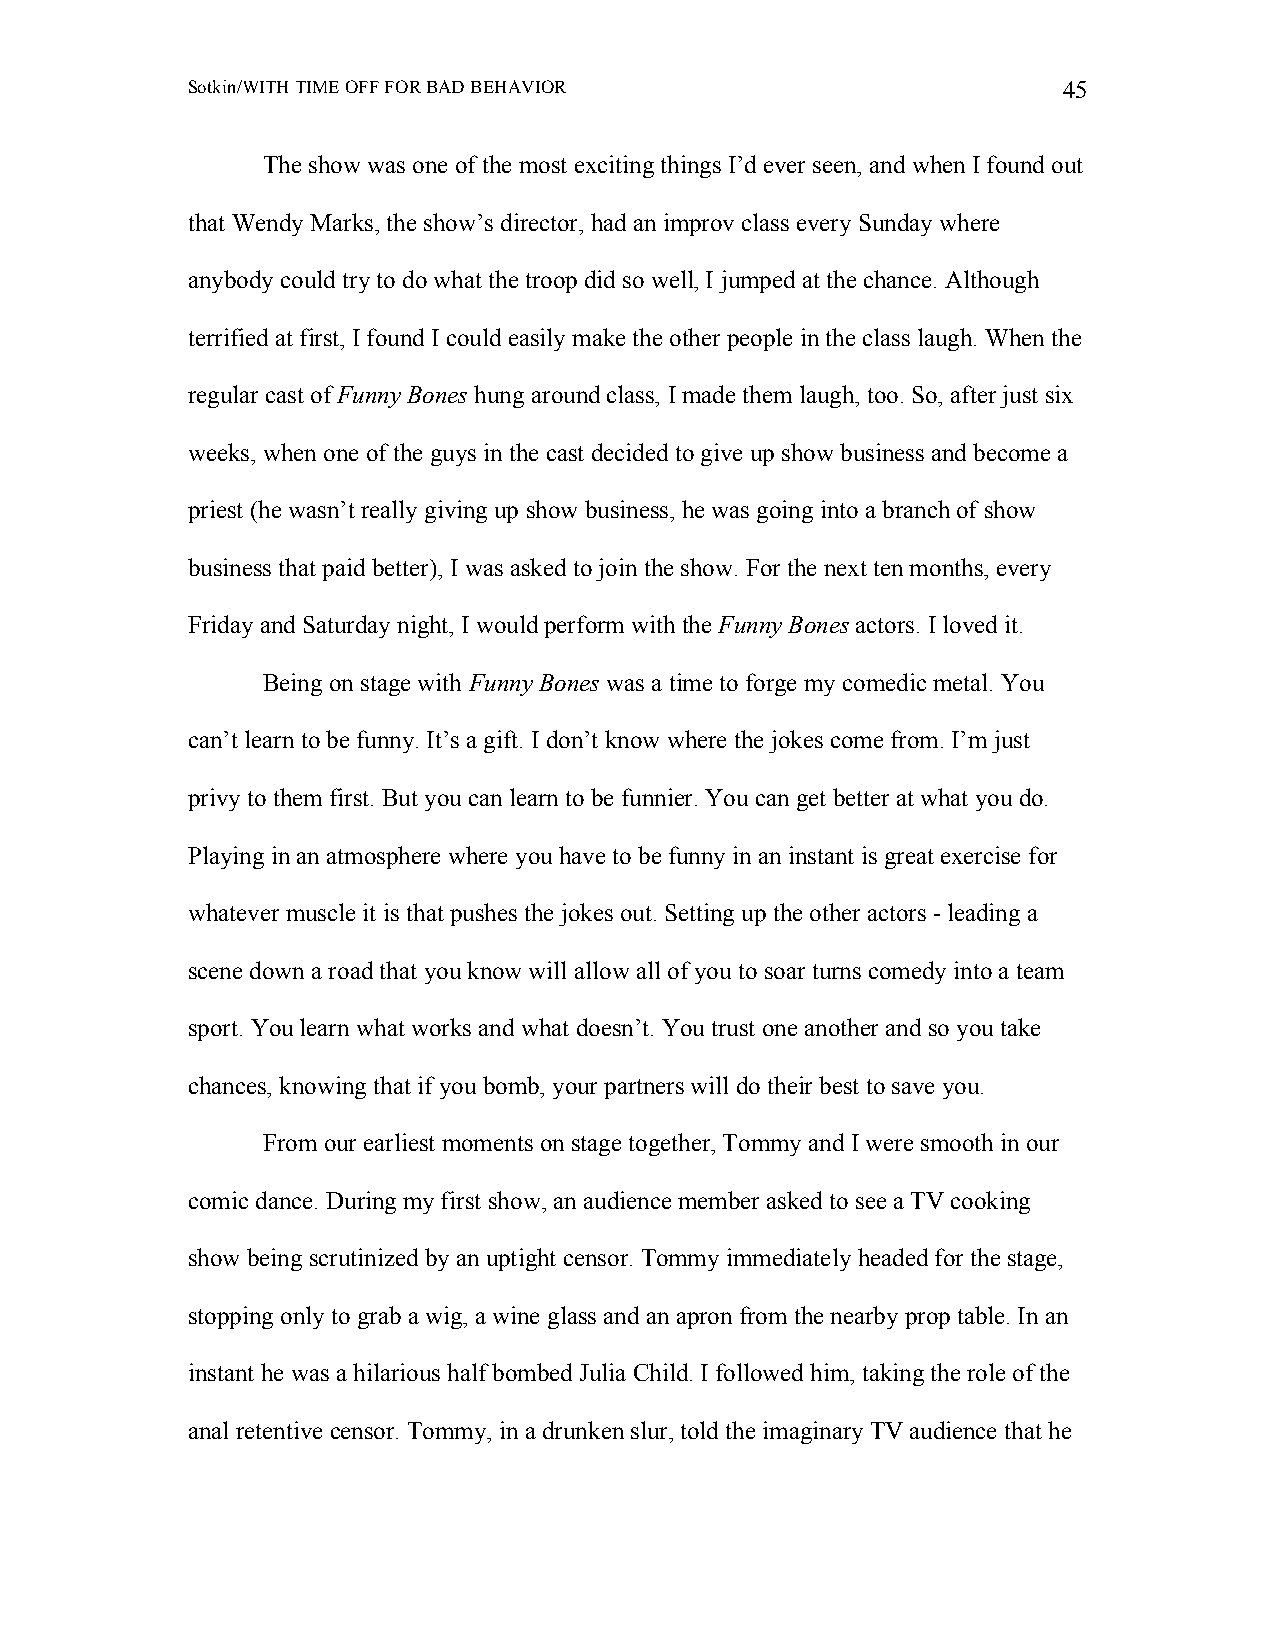
Sotkin/WITH TIME OFF FOR BAD BEHAVIOR                     45
 The show was one of the most exciting things I’d ever seen, and when I found out
 that Wendy Marks, the show’s director, had an improv class every Sunday where
 anybody could try to do what the troop did so well, I jumped at the chance. Although
 terrified at first, I found I could easily make the other people in the class laugh. When the
 regular cast of Funny Bones hung around class, I made them laugh, too. So, after just six
 weeks, when one of the guys in the cast decided to give up show business and become a
 priest (he wasn’t really giving up show business, he was going into a branch of show
 business that paid better), I was asked to join the show. For the next ten months, every
 Friday and Saturday night, I would perform with the Funny Bones actors. I loved it.
 Being on stage with Funny Bones was a time to forge my comedic metal. You
 can’t learn to be funny. It’s a gift. I don’t know where the jokes come from. I’m just
 privy to them first. But you can learn to be funnier. You can get better at what you do.
 Playing in an atmosphere where you have to be funny in an instant is great exercise for
 whatever muscle it is that pushes the jokes out. Setting up the other actors - leading a
 scene down a road that you know will allow all of you to soar turns comedy into a team
 sport. You learn what works and what doesn’t. You trust one another and so you take
 chances, knowing that if you bomb, your partners will do their best to save you.
 From our earliest moments on stage together, Tommy and I were smooth in our
 comic dance. During my first show, an audience member asked to see a TV cooking
 show being scrutinized by an uptight censor. Tommy immediately headed for the stage,
 stopping only to grab a wig, a wine glass and an apron from the nearby prop table. In an
 instant he was a hilarious half bombed Julia Child. I followed him, taking the role of the
 anal retentive censor. Tommy, in a drunken slur, told the imaginary TV audience that he